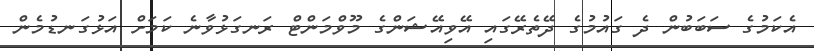
އެކަމުގެ ސަބަބުން ދެ ގައުމުގެ ދޭތެރޭގައި އޭވިއޭޝަންގެ މޫވްމަންޓް ރަނގަޅުވާނެ ކަމަށް އަޅުގަނޑުމެން